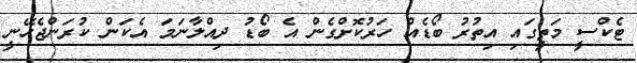
ޓެކްސީ މަތީގައި އިތުރު ބޯޑެއް ހަރުކޮށްގެން އެ ބޯޑު ދިއްލާނަމަ އެކަން ކުރަންޖެހޭނީ